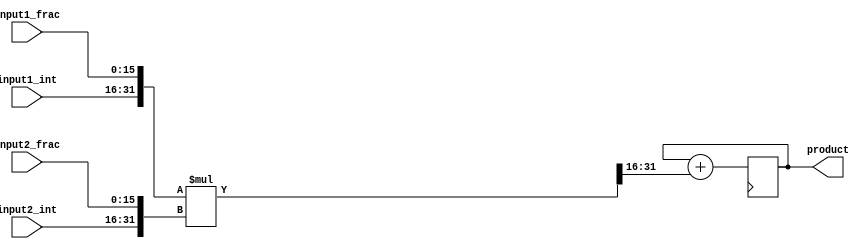
module fixed_point_multiplier (
    input [15:0] input1_int,
    input [15:0] input1_frac,
    input [15:0] input2_int,
    input [15:0] input2_frac,
    output reg [31:0] product
);

wire [31:0] stage1_result;
wire [31:0] stage2_result;

// Stage 1 - Multiply integer parts
assign stage1_result = {input1_int, input1_frac} * {input2_int, input2_frac};

// Stage 2 - Multiply fractional parts
assign stage2_result = stage1_result >> 16; // Shift right to align fractional parts

// Accumulation
always @ (posedge clk) begin
    product <= product + stage2_result;
end

endmodule